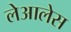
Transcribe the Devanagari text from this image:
लेआलेस